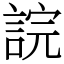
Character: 𧨎